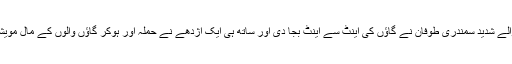
ایک دفعہ یہاں آنے والے شدید سمندری طوفان نے گاؤں کی اینٹ سے اینٹ بجا دی اور ساتھ ہی ایک اژدھے نے حملہ آور ہوکر گاؤں والوں کے مال مویشی ملیا میٹ کر دیے۔